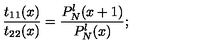
\frac { t _ { 1 1 } ( x ) } { t _ { 2 2 } ( x ) } = \frac { P _ { N } ^ { \l } ( x + 1 ) } { P _ { N } ^ { \l } ( x ) } ;